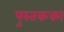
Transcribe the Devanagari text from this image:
पुस्तकका